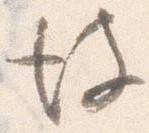
彼